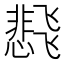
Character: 𬲊